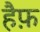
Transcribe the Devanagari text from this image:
हैफ़